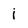
Character: i